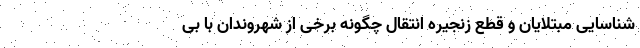
شناسایی مبتلایان و قطع زنجیره انتقال چگونه برخی از شهروندان با بی